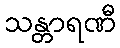
သန္တာရဏီ